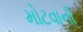
મોટવાની